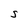
Character: S